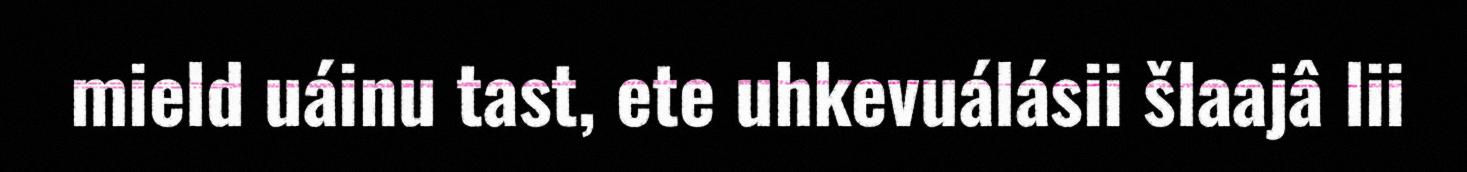
mield uáinu tast, ete uhkevuálásii šlaajâ lii